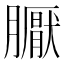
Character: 𭩏